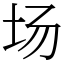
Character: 场